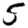
Digit: 5